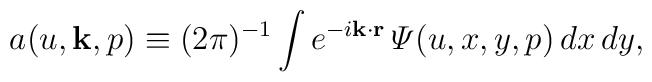
a(u,{\bf k},p)\equiv(2\pi)^{-1}\int e^{-i{\bf k\cdot r}}\,{\mit\Psi}(u,x,y,p)\,dx\,dy,